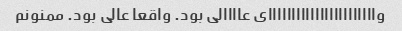
وااااااااااااااااااااااای عاااالی بود. واقعا عالی بود. ممنونم